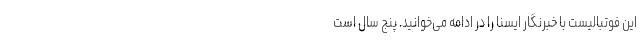
این فوتبالیست با خبرنگار ایسنا را در ادامه می‌خوانید. پنج سال است